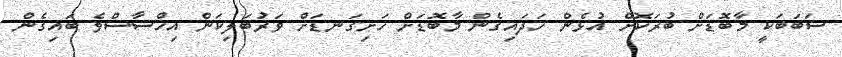
ސަބަބަކީ މާބޮޑަށް ބުރަކޮށް އުޅެން ހަދައިގެން މާބޮޑަށް ހަށިގަނޑަށް ވަރުބަލިކަން އިހްސާސްވެ ބައިގެން